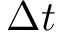
\Delta t